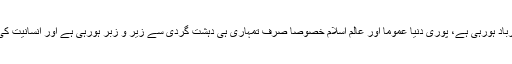
دنیا سب سے زیادہ تمہارے ہاتھوں ہی برباد ہورہی ہے، پوری دنیا عموماً اور عالم اسلام خصوصاً صرف تمہاری ہی دہشت گردی سے زیر و زبر ہورہی ہے اور انسانیت کی قبا تمہارے ہاتھوں ہی چاک ہورہی ہے۔